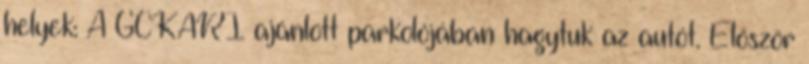
helyek: A GCKARI ajánlott parkolójában hagytuk az autót. Először